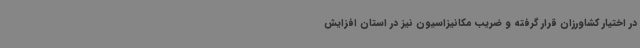
در اختیار کشاورزان قرار گرفته و ضریب مکانیزاسیون نیز در استان افزایش